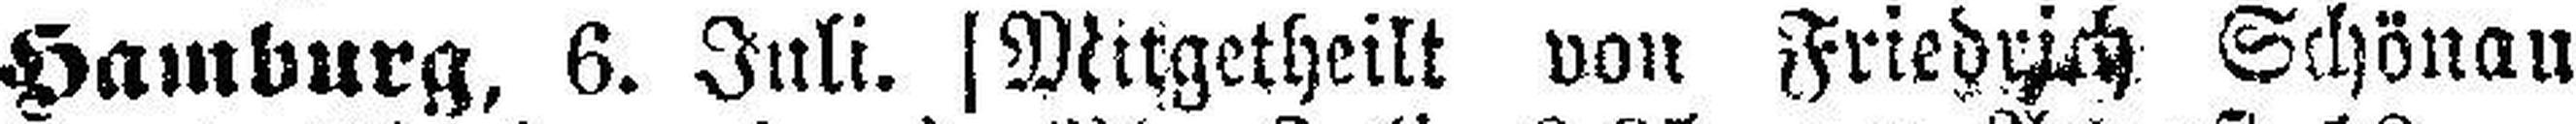
Hamburg, 6. Juli, [Mitgetheilt von Friedrich Schönau